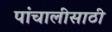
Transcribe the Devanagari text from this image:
पांचालीसाठी